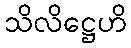
သိလိဋ္ဌေဟိ